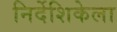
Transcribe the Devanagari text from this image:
निर्देशिकेला